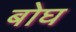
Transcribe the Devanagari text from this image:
बोघ